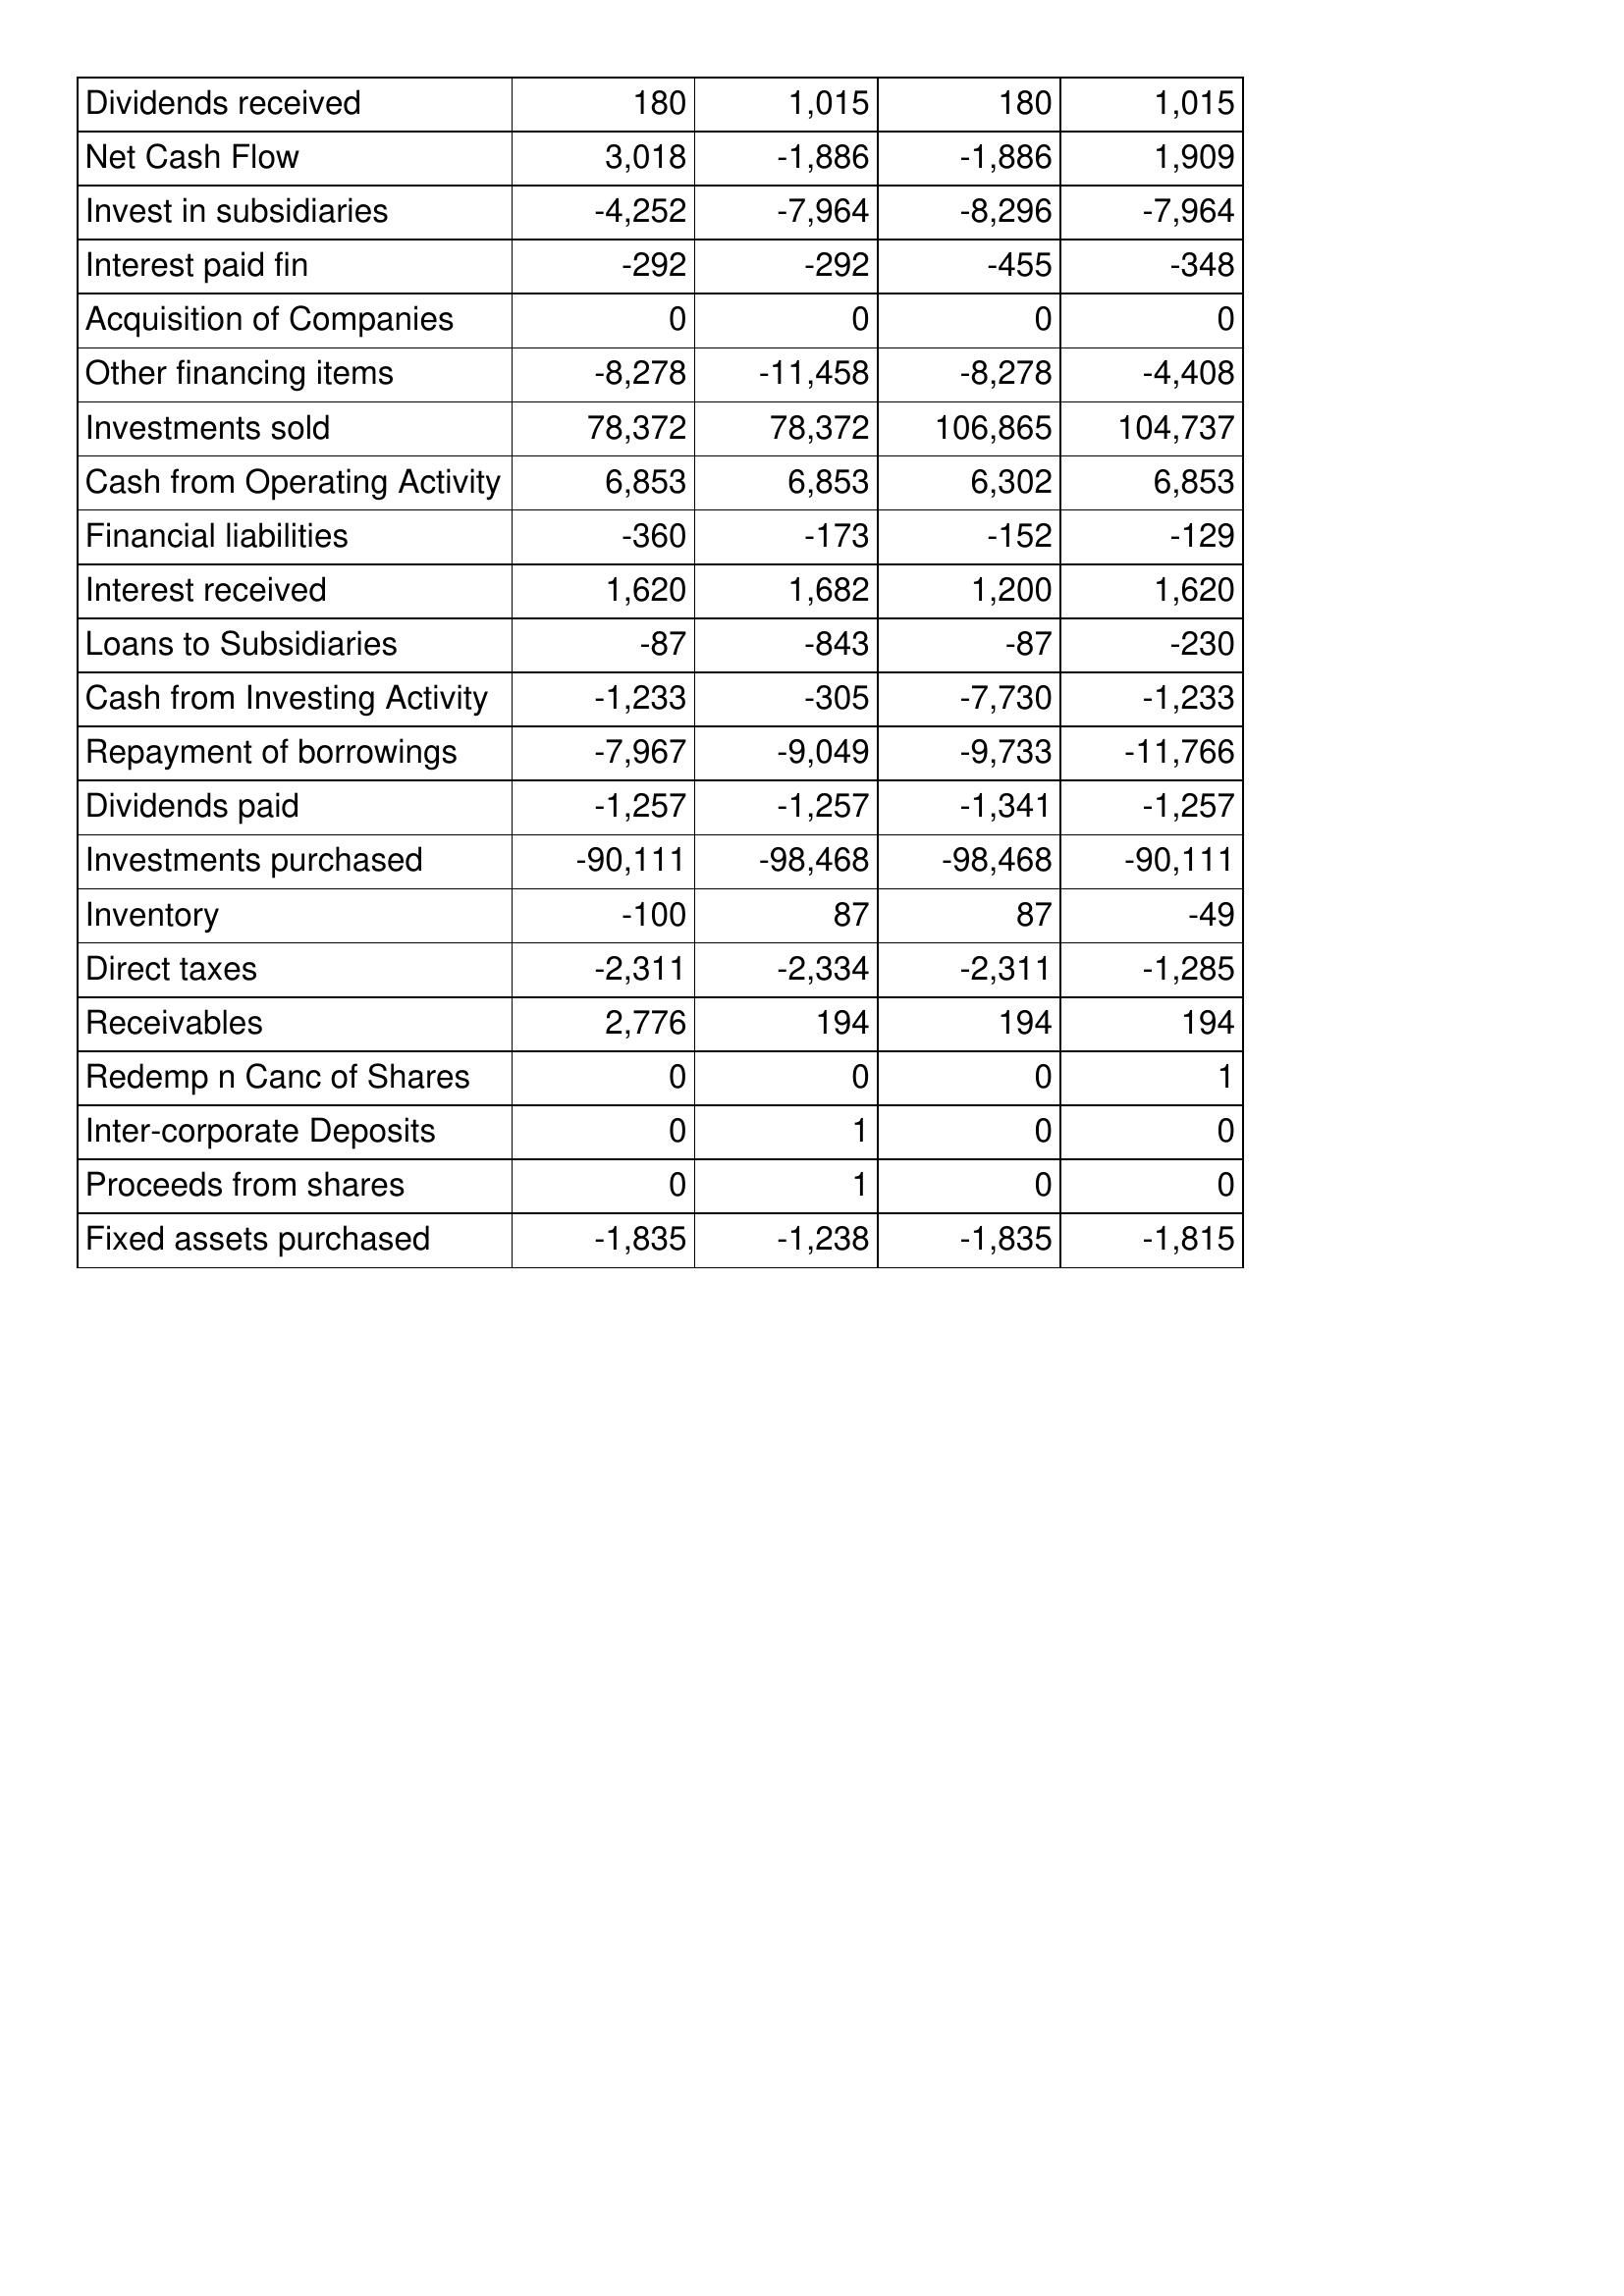
Sep-10: Cash Flows: Dividends received: 180
Net Cash Flow: 3,018
Invest in subsidiaries: -4,252
Interest paid fin: -292
Acquisition of Companies: 0
Other financing items: -8,278
Investments sold: 78,372
Cash from Operating Activity: 6,853
Financial liabilities: -360
Interest received: 1,620
Loans to Subsidiaries: -87
Cash from Investing Activity: -1,233
Repayment of borrowings: -7,967
Dividends paid: -1,257
Investments purchased: -90,111
Inventory: -100
Direct taxes: -2,311
Receivables: 2,776
Redemp n Canc of Shares: 0
Inter-corporate Deposits: 0
Proceeds from shares: 0
Fixed assets purchased: -1,835
Sep-09: Cash Flows: Dividends received: 1,015
Net Cash Flow: -1,886
Invest in subsidiaries: -7,964
Interest paid fin: -292
Acquisition of Companies: 0
Other financing items: -11,458
Investments sold: 78,372
Cash from Operating Activity: 6,853
Financial liabilities: -173
Interest received: 1,682
Loans to Subsidiaries: -843
Cash from Investing Activity: -305
Repayment of borrowings: -9,049
Dividends paid: -1,257
Investments purchased: -98,468
Inventory: 87
Direct taxes: -2,334
Receivables: 194
Redemp n Canc of Shares: 0
Inter-corporate Deposits: 1
Proceeds from shares: 1
Fixed assets purchased: -1,238
Sep-08: Cash Flows: Dividends received: 180
Net Cash Flow: -1,886
Invest in subsidiaries: -8,296
Interest paid fin: -455
Acquisition of Companies: 0
Other financing items: -8,278
Investments sold: 106,865
Cash from Operating Activity: 6,302
Financial liabilities: -152
Interest received: 1,200
Loans to Subsidiaries: -87
Cash from Investing Activity: -7,730
Repayment of borrowings: -9,733
Dividends paid: -1,341
Investments purchased: -98,468
Inventory: 87
Direct taxes: -2,311
Receivables: 194
Redemp n Canc of Shares: 0
Inter-corporate Deposits: 0
Proceeds from shares: 0
Fixed assets purchased: -1,835
Sep-07: Cash Flows: Dividends received: 1,015
Net Cash Flow: 1,909
Invest in subsidiaries: -7,964
Interest paid fin: -348
Acquisition of Companies: 0
Other financing items: -4,408
Investments sold: 104,737
Cash from Operating Activity: 6,853
Financial liabilities: -129
Interest received: 1,620
Loans to Subsidiaries: -230
Cash from Investing Activity: -1,233
Repayment of borrowings: -11,766
Dividends paid: -1,257
Investments purchased: -90,111
Inventory: -49
Direct taxes: -1,285
Receivables: 194
Redemp n Canc of Shares: 1
Inter-corporate Deposits: 0
Proceeds from shares: 0
Fixed assets purchased: -1,815